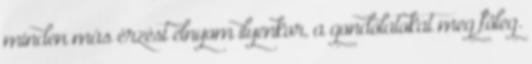
minden más érzést elnyom ilyenkor, a gondolatokat meg főleg.